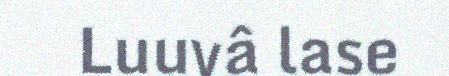
Luuvâ lase